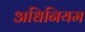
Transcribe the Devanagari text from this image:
अधिनियम